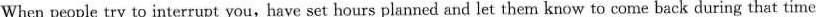
When people try to interrupt you,have set hours planned and let them know to come back during that time